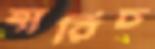
হারিচ